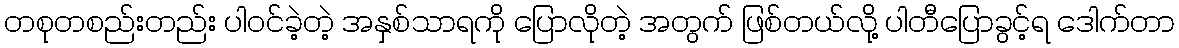
တစုတစည်းတည်း ပါဝင်ခဲ့တဲ့ အနှစ်သာရကို ပြောလိုတဲ့ အတွက် ဖြစ်တယ်လို့ ပါတီပြောခွင့်ရ ဒေါက်တာ